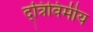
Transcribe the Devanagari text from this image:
द्त्रिविमीय